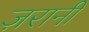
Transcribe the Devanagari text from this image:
ज़रानी